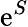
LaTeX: \mathrm{e}^{S}